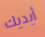
أيديك